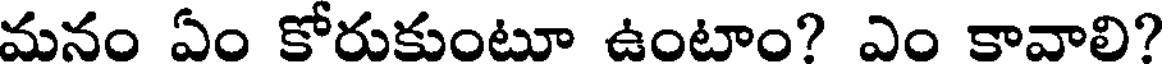
మనం ఏం కోరుకుంటూ ఉంటాం? ఎం కావాలి?